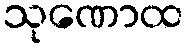
သုဏောထ